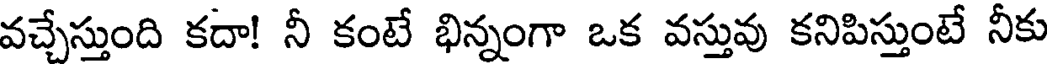
వచ్చేస్తుంది కదా! నీ కంటే భిన్నంగా ఒక వస్తువు కనిపిస్తుంటే నీకు